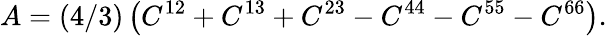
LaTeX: A=(4/3)\left(C^{12}+C^{13}+C^{23}-C^{44}-C^{55}-C^{66}\right).